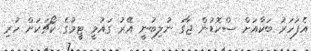
އެފަހަރު ބަކާއަށް ސްކޮޑުން ޖާގަ ނުލިބުނީ އޭރު ގައުމީ ޓީމުގެ ކޯޗަކަށް ހުރި